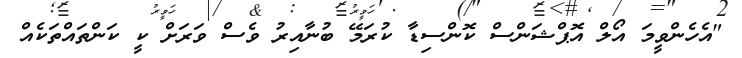
"އެހެންވީމަ އޯލް އޮޕްޝަންސް ކޮންސިޑާ ކުރަމޭ ބުނާއިރު ވެސް ވަރަށް ކީ ކަންތައްތަކެއް